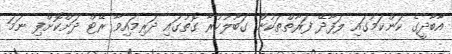
އާބާދީގެ ކަންކަމުގައި ލަފާދޭ ފަރާތްތަކުން ގަބޫލުކުރާ ގޮތުގައި ދަރިމައިވާ ރޭޓް ދަށްކޮށްފި ނަމަ